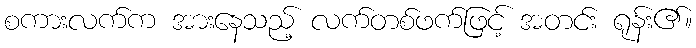
စကားလက်က အားနေသည့် လက်တစ်ဖက်ဖြင့် အတင်း ရုန်း၏။